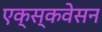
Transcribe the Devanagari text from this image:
एक्स्कवेसन